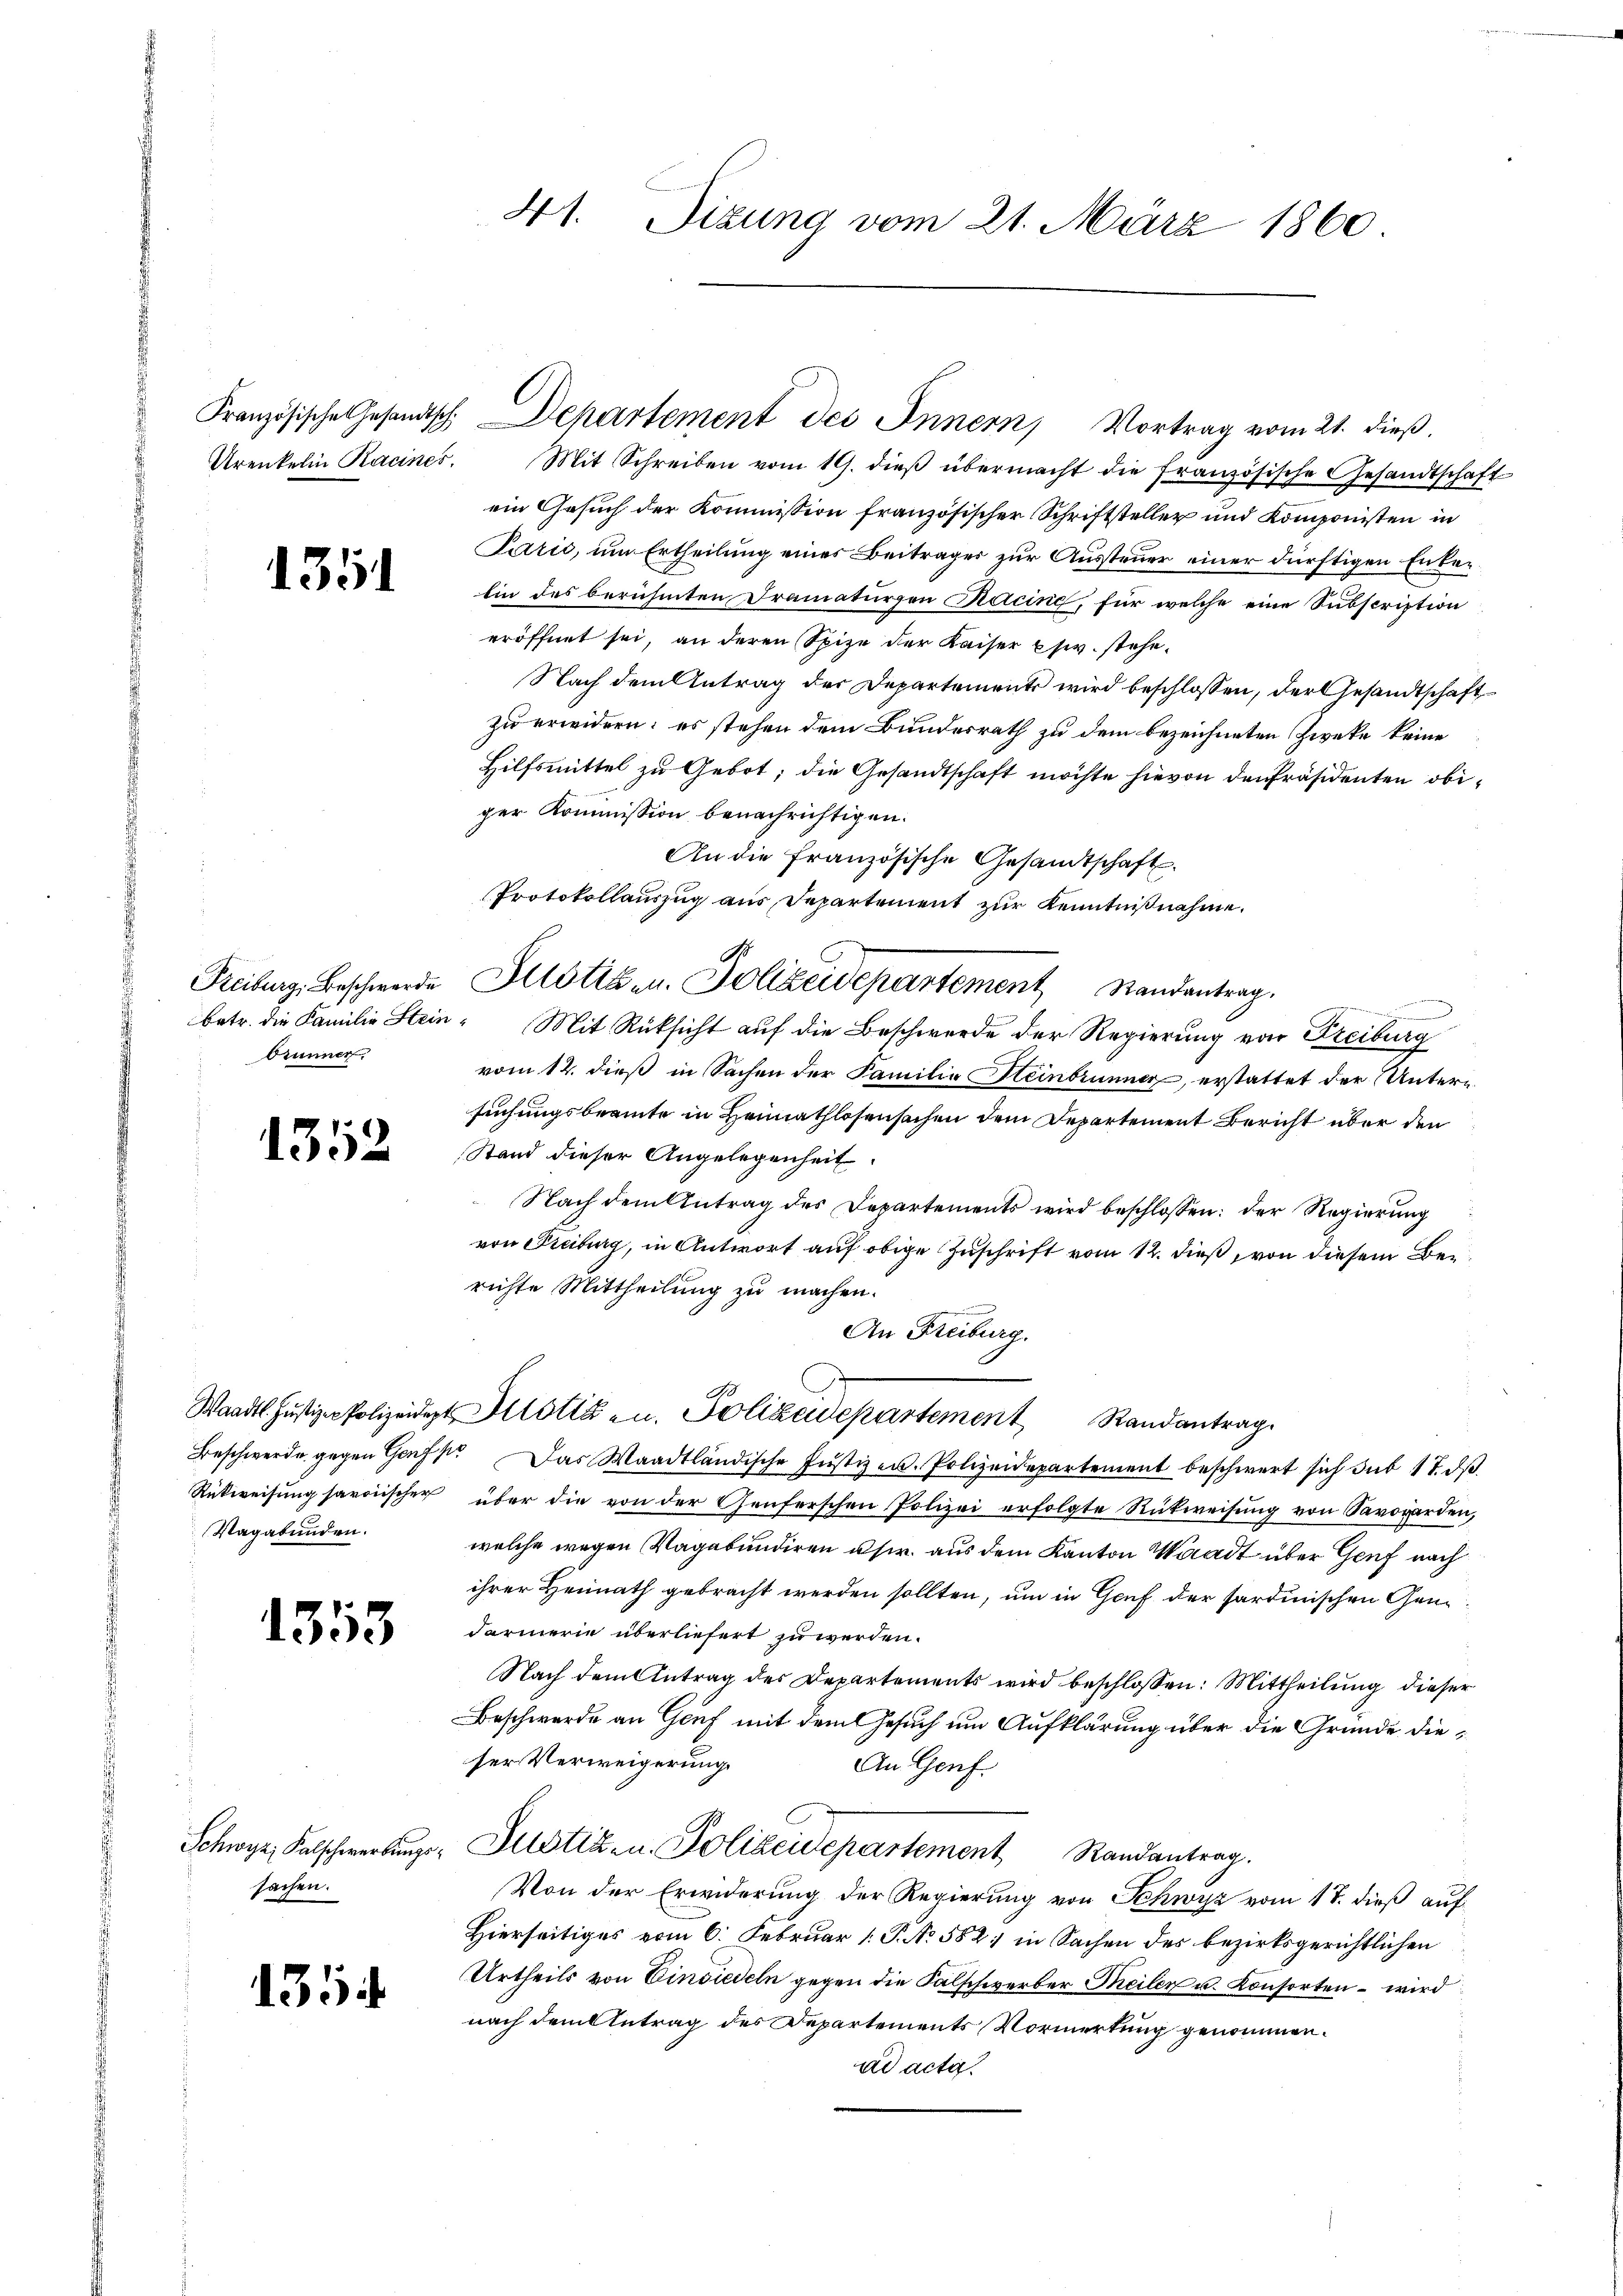
Französische Gesandtsch
Urenkelin Racines

1351

Freiburg, Beschwerde
betr. die Familie Stein.
brunner.

1352

Vagabunden.

1353

Schwyz, Kalschwerbungssachen.

1354

41. Sizung vom 21. März 1860.

Departement des Innern, Vortrag vom 21. dieß.

Protokollauszug aus Departement zur Kenntnißnahme.
Justiz u. Polizeidepartement Standentrag.

Mit Schreiben vom 19. dieß übermacht die französische Gesandtschaft
ein Gesuch der Kommission französischer Schriftsteller und Komponisten in
Paris, um Ertheilung eines Beitrages zur Aussteuer einer dürftigen Entelin des berühmten Dramaturgen Kecing, für welche eine Subscription
eröffnet sei, an deren Spize der Kaiser Esw. stehe¬
Nach dem Antrag der Departements wird beschlossen, der Gesandtschaft
zu erwidern; es stehen dem Bundesrath zu dem bezeichneten Zweke keine
Hilfsmittel zu Gebot; die Gesandtschaft möchte hievon den Präsidenten obiger Kommission benachrichtigen.
An die französische Gesandtschaft.
e
" Mit Rüksicht auf die Beschwerde der Regierung von Freiburg
vom 12. dieß in Sachen der Familie Heinbrunner, erstattet der Untersuchungsbeamte in Heimathlosensachen dem Departement Bericht über den
Stand dieser Angelegenheit.
Nach dem Antrag des Departements wird beschlossen: der Regierung
von Freiburg, in Antwort auf obige Zuschrift vom 12. dieß, von diesem Beirichte Mittheilung zu machen.
An Freiburg.
Waadt Jŭstiz-Polizeidet Motta u. Polizeidepartement Randantrag
Beschwerde gegen Genf. Das Waadtländische Justizen. Polizeidepartement beschwert sich sub 17. ds.
Rückweisung savoischer über die von der Genferschen Polizei erfolgte Rückweisung von Savoworden,
welche wegen Vagabundiren usw. aus dem Kanton Waadt über Genf nach
ihrer Heimath gebracht werden sollten, um in Graf der sardinischen Gene¬
Farmerie überliefert zu werden.
Nach dem Antrag der Departements wird beschlossen: Mittheilung dieser
Beschwerde an Genf mit dem Gesuch um Aufklärung über die Gründe dieser Verweigerung.
An Genf.
Justiz- u. Polizeidepartement Randantrag.
Von der Erwiderung der Regierung von Schwyz vom 17. dieß auf
Hierseitiges vom 6. Februar 1 P. No 582. in Sachen des bezirksgerichtlichen
Urtheils von Einsiedeln gegen die Falschwerber Meiler u. Konsorten – wird
nach dem Betrag des Departements Vormerkung genommen.
ad acta.